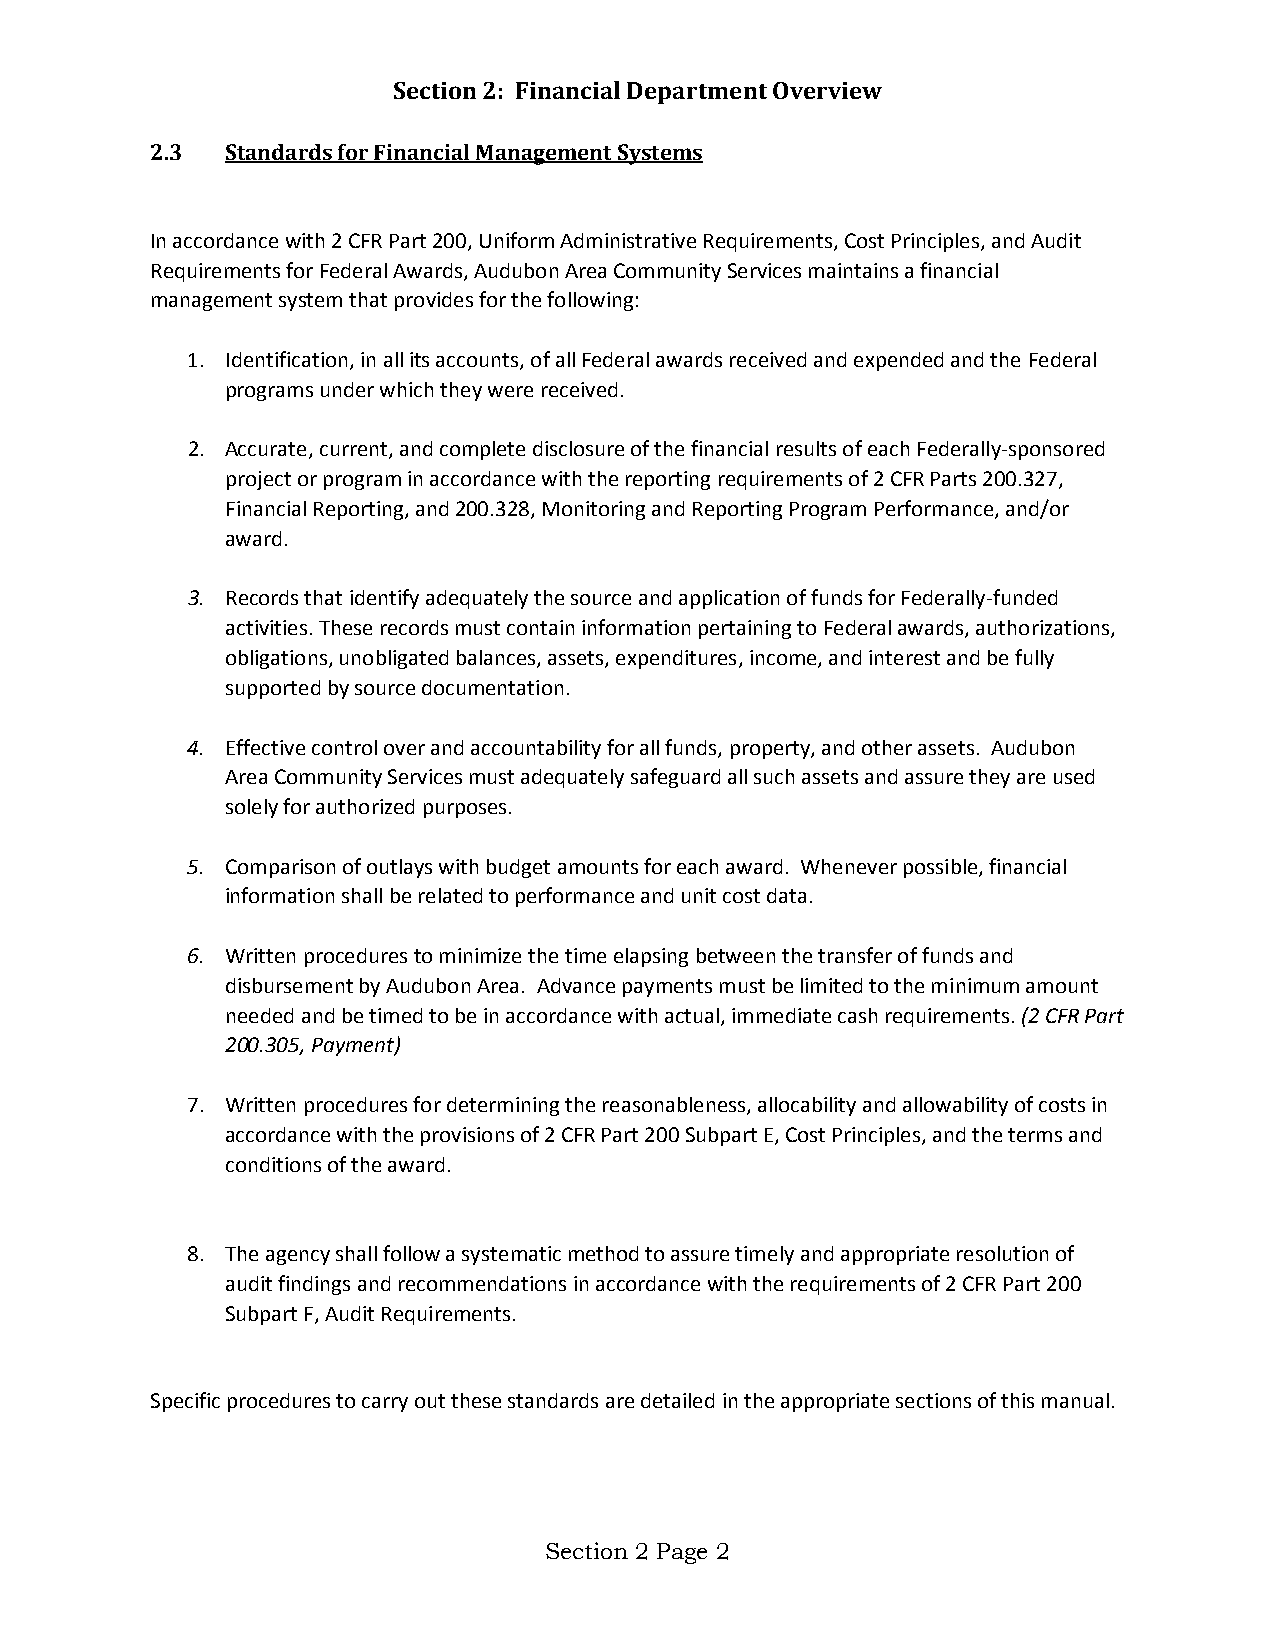
Section 2: Financial Department Overview
 2.3  Standards for Financial Management Systems
 In accordance with 2 CFR Part 200, Uniform Administrative Requirements, Cost Principles, and Audit
 Requirements for Federal Awards, Audubon Area Community Services maintains a financial
 management system that provides for the following:
 1. Identification, in all its accounts, of all Federal awards received and expended and the Federal
 programs under which they were received.
 2. Accurate, current, and complete disclosure of the financial results of each Federally-sponsored
 project or program in accordance with the reporting requirements of 2 CFR Parts 200.327,
 Financial Reporting, and 200.328, Monitoring and Reporting Program Performance, and/or
 award.
 3. Records that identify adequately the source and application of funds for Federally-funded
 activities. These records must contain information pertaining to Federal awards, authorizations,
 obligations, unobligated balances, assets, expenditures, income, and interest and be fully
 supported by source documentation.
 4. Effective control over and accountability for all funds, property, and other assets. Audubon
 Area Community Services must adequately safeguard all such assets and assure they are used
 solely for authorized purposes.
 5. Comparison of outlays with budget amounts for each award. Whenever possible, financial
 information shall be related to performance and unit cost data.
 6. Written procedures to minimize the time elapsing between the transfer of funds and
 disbursement by Audubon Area. Advance payments must be limited to the minimum amount
 needed and be timed to be in accordance with actual, immediate cash requirements. (2 CFR Part
 200.305, Payment)
 7. Written procedures for determining the reasonableness, allocability and allowability of costs in
 accordance with the provisions of 2 CFR Part 200 Subpart E, Cost Principles, and the terms and
 conditions of the award.
 8. The agency shall follow a systematic method to assure timely and appropriate resolution of
 audit findings and recommendations in accordance with the requirements of 2 CFR Part 200
 Subpart F, Audit Requirements.
 Specific procedures to carry out these standards are detailed in the appropriate sections of this manual.
 Section 2 Page 2